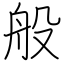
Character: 般